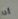
أنا